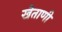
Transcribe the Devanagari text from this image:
खेताणी